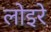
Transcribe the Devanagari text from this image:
लोइरे